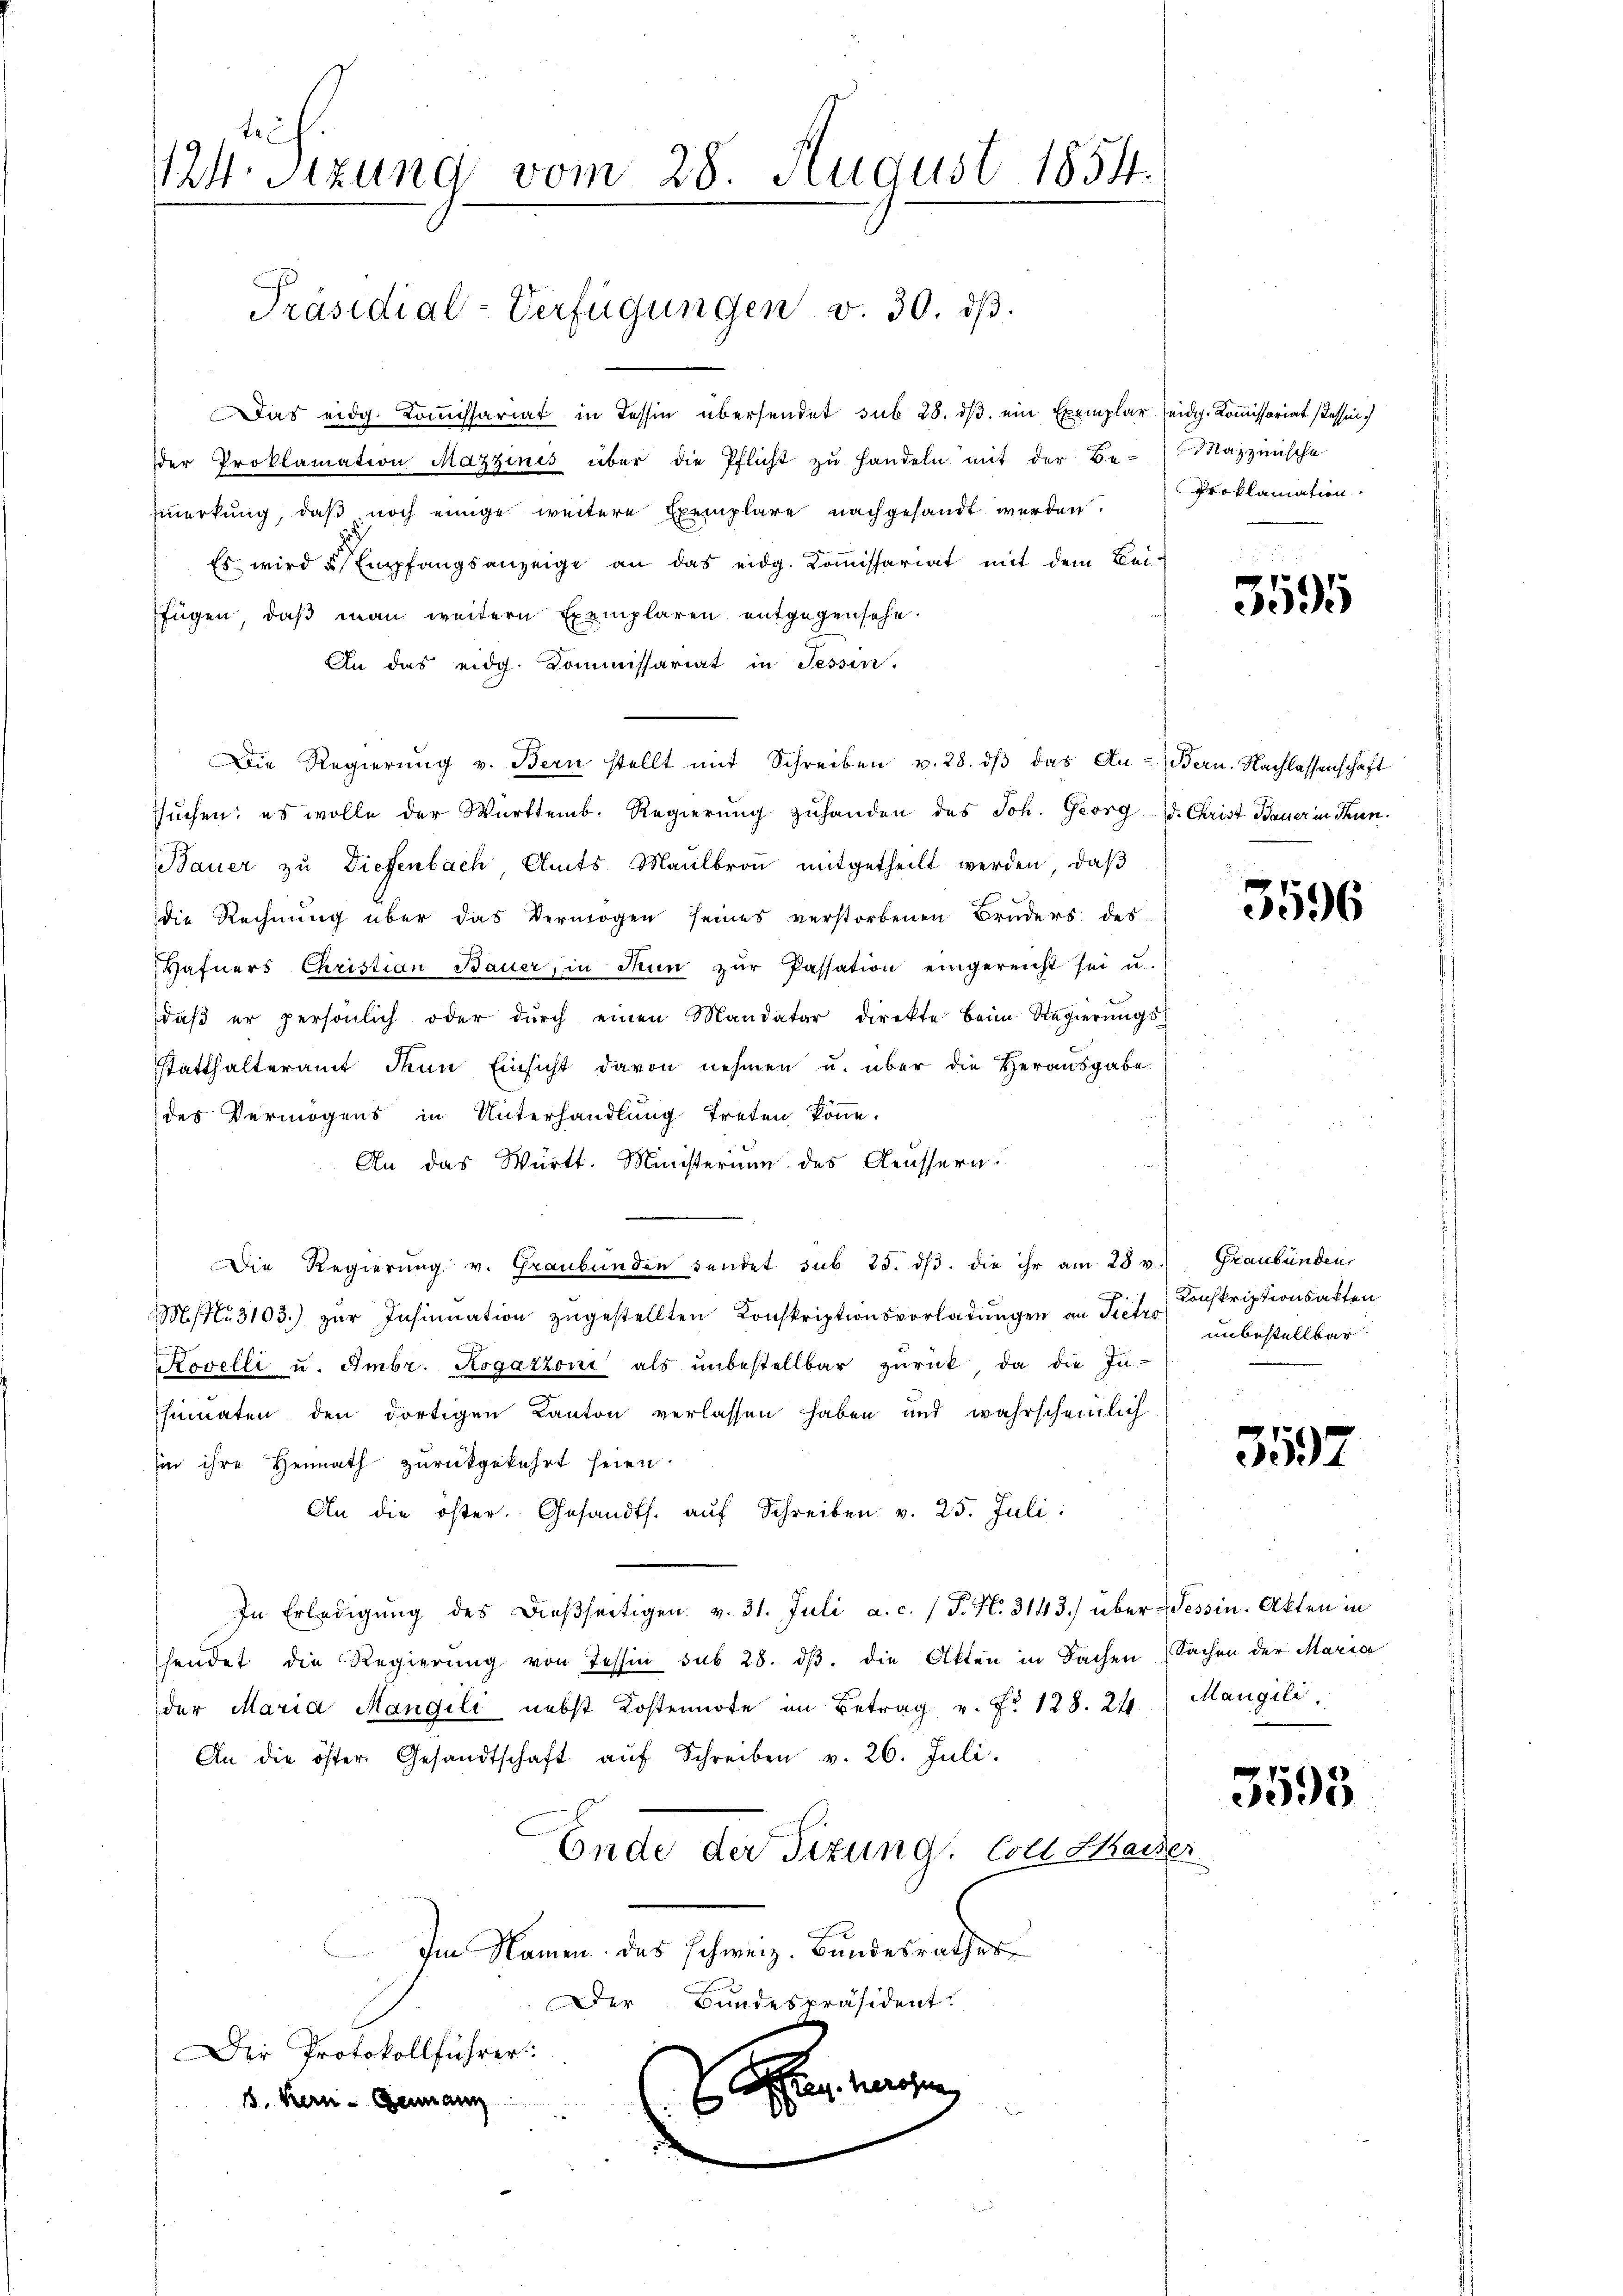
14 Stzung vom 28. August 1854.

Präsidial-Verfügungen v. 30. dβ.

Das eidg. Komissariat in Tessin übersendet sub 28. ds. ein Exemplar seidg. Kommissariat stessen
er Proklamation Mazzinis über die Pflicht zŭ handeln mit der Be-Mazzinische
Emerkung, daβ noch einige weitere Exemplare nachgesandt werden.
Es wird u Empfangsanzeige an das eidg. Koṁissariat mit dem Bei-
ffügen, daß man weitern Exemplaren entgegensehe.
An das eidg. Kommissariat in Tessin,
Die Regierŭng v. Bern stellt mit Schreiben v. 28. dβ das An- Bern. Nachlassenschaft
suchen; es wolle der Württemb. Regierung zuhanden des Joh. Georg V. Christ Bauer in Sein
Bauer zu Diefenbach Amts Maulbron mitgetheilt werden, daß
die Rechnŭng über das Vermögen seines verstorbenen Bruders des
Hafners Christian Bauer, in Tun zŭr Passation eingereicht sei u.
daß er persönlich oder durch einen Mandatar direkte beim Regierŭngs-
sstatthalteramt dem Einsicht davon nehmen u. über die Herausgabe.
des Vermögens in Unterhandlung treten könne.
An das Württ. Ministerium des Aeussern.
Die Regierŭng v. Graubünden sendet sub 25. dβ. die ihr am 28 v. Graubünden,
M No. 3103.) zur Insinuation zugestellten Konskriptionsvorladungen an Tit. Konskriptionsakten
Rovelli u. Ambr. Rogazzoni als ŭnbestellbar zŭrück, da die In-
Chimnaten den dortigen Kanton verlassen haben und wahrscheinlich
in ihre Heimath zurückgekehrt seien.
An die öster. Gesandts. aŭf Schreiben v. 25. Juli:
In Erledigŭng des dießseitigen v. 31. Juli a. c. (T. No. 3143.) über Wessin-Akten in
hendet die Regierŭng von Tessin sub 28. dβ. die Akten in Sachen Sachen der Maria
der Maria Mangili nebst Kostennote an Betrag v. fr. 128. 24
An die öster Gesandtschaft aŭf Schreiben v. 26. Juli.
Ende der Sizung. Coll Kaiser
Im Namen das schweiz. Bundesrathes
Der Bundespräsident.
Der Protokollführer
5
 124. herosen
s. Kern - Genann
s
d
d

Proklamation.

3595

3596

unbestellbar

3597

Maugili,

3595